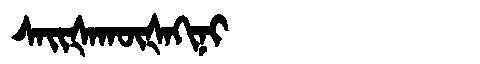
Manchu: ᠰᠠᡳᡧᠠᡴᡡᡧᠠᡴᡳᠨᡳ
Romanization: SAIŠAKŪŠAKINI